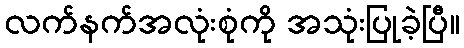
လက်နက်အလုံးစုံကို အသုံးပြုခဲ့ပြီ။